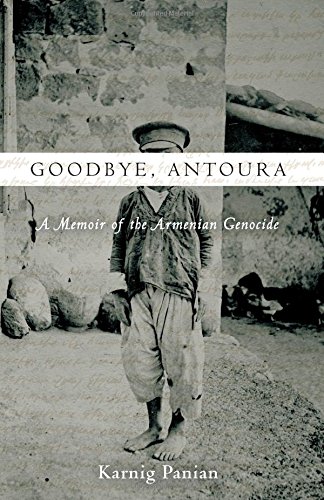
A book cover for Goodbye, Antoura: A Memoir of the Armenian Genocide; Karnig Panian; Biographies & Memoirs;